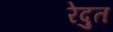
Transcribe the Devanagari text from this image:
रेदुत